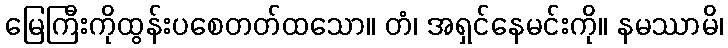
မြေကြီးကိုထွန်းပစေတတ်ထသော။ တံ၊ အရှင်နေမင်းကို။ နမဿာမိ၊